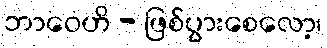
ဘာဝေဟိ - ဖြစ်ပွားစေလော့၊